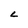
Character: L